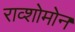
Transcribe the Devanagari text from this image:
राव्शोमोन